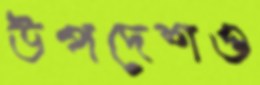
উপদেশও